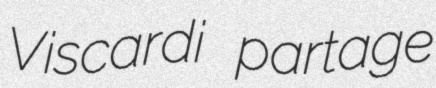
Viscardi partage